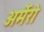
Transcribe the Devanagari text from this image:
अर्मेरो